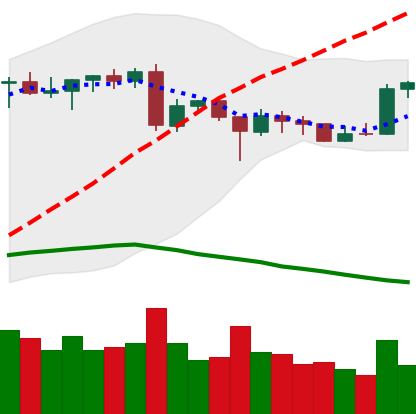
Ticker: ETH-USD
Chart end date: 2020-06-23
Forward return: -7.698%
Label: down_7plus